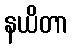
နယိတာ